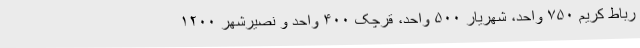
رباط کریم ۷۵۰ واحد، شهریار ۵۰۰ واحد، قرچک ۴۰۰ واحد و نصیرشهر ۱۲۰۰